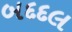
બદદલ